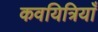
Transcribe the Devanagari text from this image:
कवयित्रियाँ